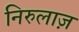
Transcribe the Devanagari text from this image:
निरुलाज़